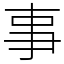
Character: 事